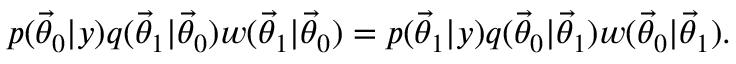
p ( \ensuremath { \vec { \theta } } _ { 0 } | y ) q ( \ensuremath { \vec { \theta } } _ { 1 } | \ensuremath { \vec { \theta } } _ { 0 } ) w ( \ensuremath { \vec { \theta } } _ { 1 } | \ensuremath { \vec { \theta } } _ { 0 } ) = p ( \ensuremath { \vec { \theta } } _ { 1 } | y ) q ( \ensuremath { \vec { \theta } } _ { 0 } | \ensuremath { \vec { \theta } } _ { 1 } ) w ( \ensuremath { \vec { \theta } } _ { 0 } | \ensuremath { \vec { \theta } } _ { 1 } ) .